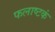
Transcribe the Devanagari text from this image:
फलाष्टकं